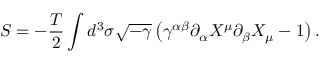
S = - \frac { T } { 2 } \int d ^ { 3 } \sigma \sqrt { - \gamma } \left( \gamma ^ { \alpha \beta } \partial _ { \alpha } X ^ { \mu } \partial _ { \beta } X _ { \mu } - 1 \right) .